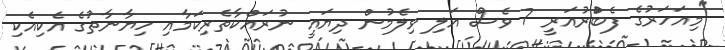
"މިއަހަރުގެ ފެބްުރުއަރީ 7 ވެސް އަލި ވިލެމުން ދިޔައީ ނުރައްކާތެރިކަމާއި ހިޔާނާތުގެ އެކިއެކި